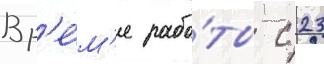
Вр'е́м'я рабо́ты с 23